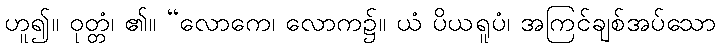
ဟူ၍။ ဝုတ္တံ၊ ၏။ “လောကေ၊ လောက၌။ ယံ ပိယရူပံ၊ အကြင်ချစ်အပ်သော